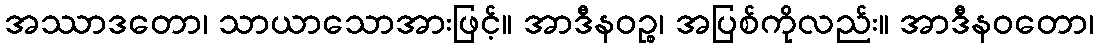
အဿာဒတော၊ သာယာသောအားဖြင့်။ အာဒီနဝဉ္စ၊ အပြစ်ကိုလည်း။ အာဒီနဝတော၊